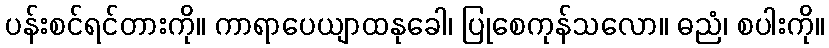
ပန်းစင်ရင်တားကို။ ကာရာပေယျာထနုခေါ၊ ပြုစေကုန်သလော။ ဓညံ၊ စပါးကို။